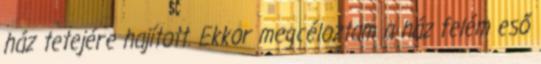
ház tetejére hajított. Ekkor megcéloztam a ház felém eső